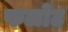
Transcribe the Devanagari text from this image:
फलोट